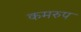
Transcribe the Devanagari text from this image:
कमरुप